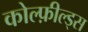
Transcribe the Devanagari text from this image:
कोल्फ़ील्ड्स